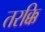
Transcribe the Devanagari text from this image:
तरक्कि